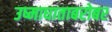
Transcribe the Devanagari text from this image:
उष्माघाताबरोबर